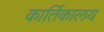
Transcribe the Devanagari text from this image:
कार्तिकालय